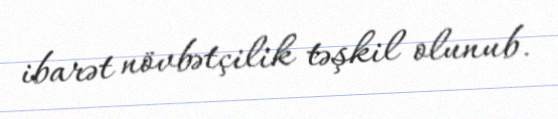
ibarət növbətçilik təşkil olunub.